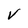
Character: V